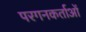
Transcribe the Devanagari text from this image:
परगनकर्ताओं